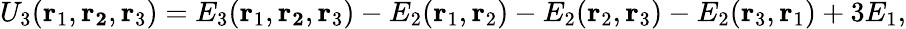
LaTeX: U_{3}(\mathbf{r}_{1},\mathbf{r_{2}},\mathbf{r}_{3})=E_{3}(\mathbf{r}_{1},\mathbf{r_{2}},\mathbf{r}_{3})-E_{2}(\mathbf{r}_{1},\mathbf{r}_{2})-E_{2}(\mathbf{r}_{2},\mathbf{r}_{3})-E_{2}(\mathbf{r}_{3},\mathbf{r}_{1})+3E_{1},